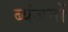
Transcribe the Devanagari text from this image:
ब्यंजनों